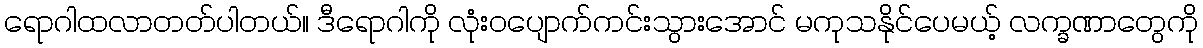
ရောဂါထလာတတ်ပါတယ်။ ဒီရောဂါကို လုံးဝပျောက်ကင်းသွားအောင် မကုသနိုင်ပေမယ့် လက္ခဏာတွေကို